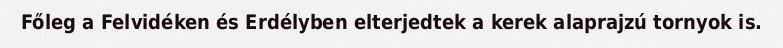
Főleg a Felvidéken és Erdélyben elterjedtek a kerek alaprajzú tornyok is.